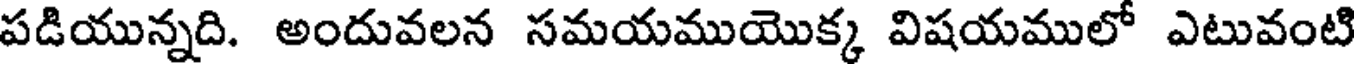
పడియున్నది. అందువలన సమయముయొక్క విషయములో ఎటువంటి